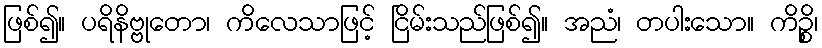
ဖြစ်၍။ ပရိနိဗ္ဗုတော၊ ကိလေသာဖြင့် ငြိမ်းသည်ဖြစ်၍။ အညံ၊ တပါးသော။ ကိဉ္စိ၊